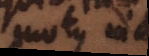
motus in